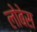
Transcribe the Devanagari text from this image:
लोबेस